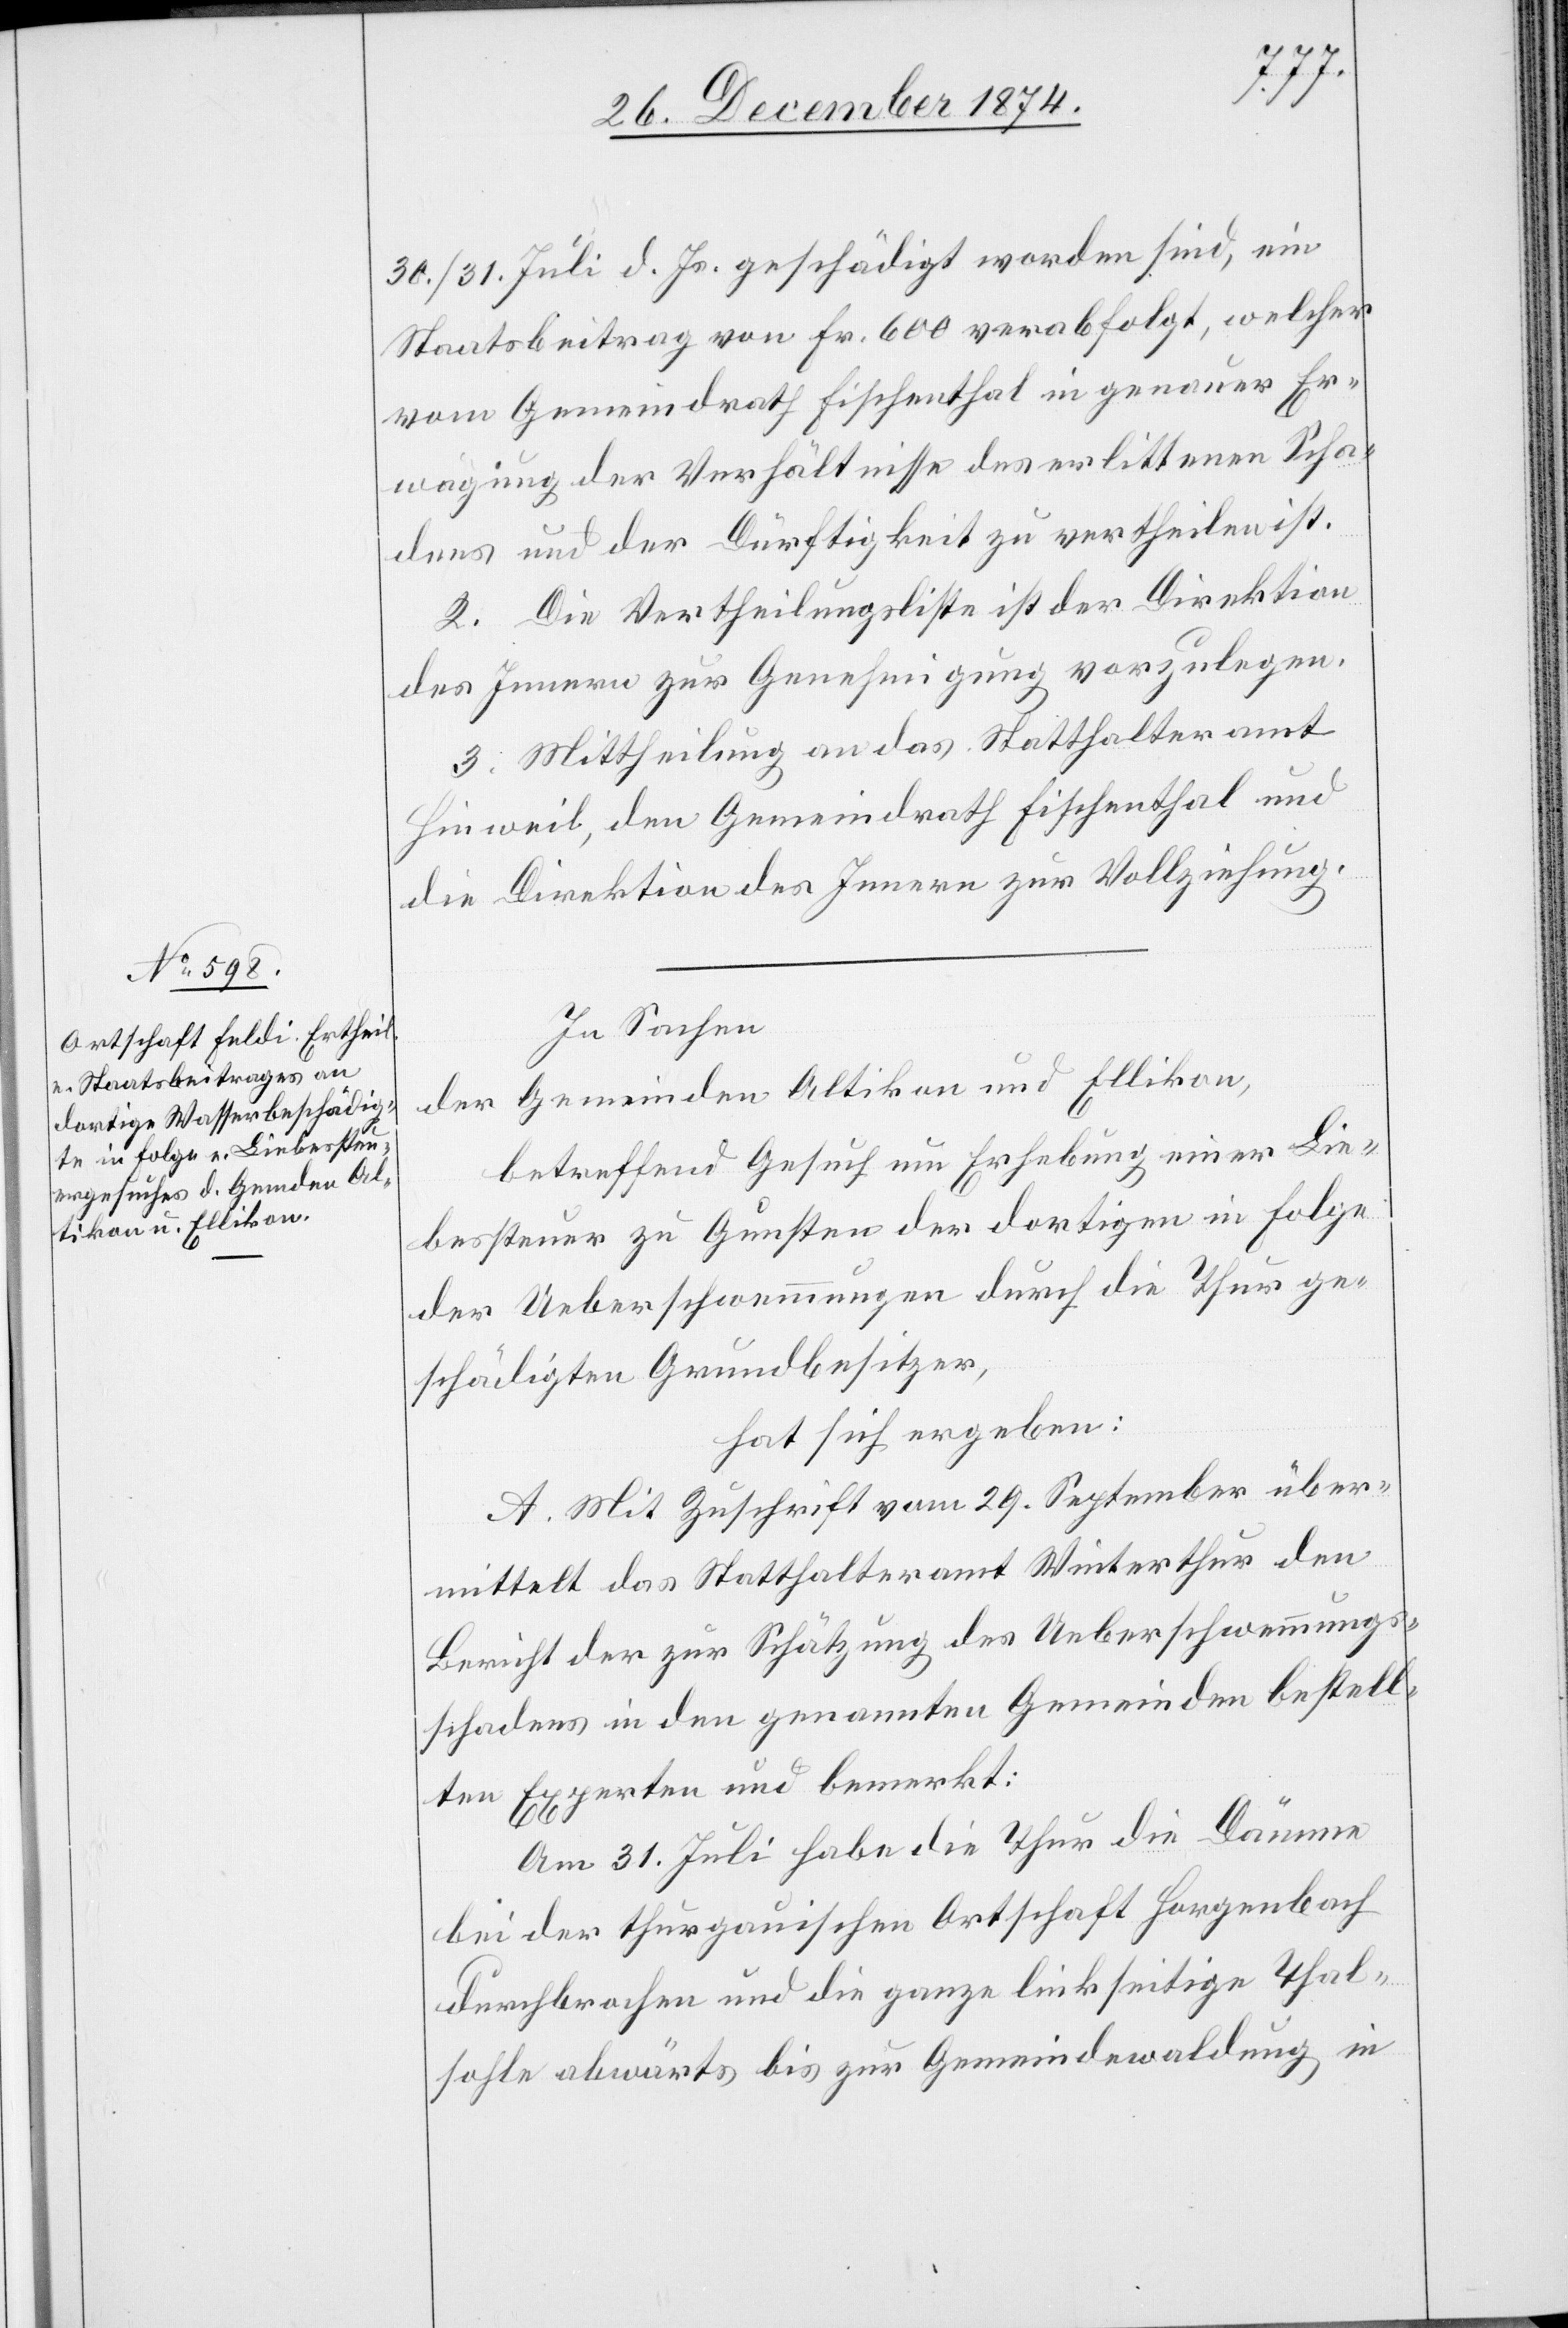
30./31. Juli d. Js. geschädigt worden sind, ein
Staatsbeitrag von Fr. 600 verabfolgt, welcher
vom Gemeindrath Fischenthal in genauer Er¬
wägung der Verhältnisse des erlittenen Scha¬
dens und der Dürftigkeit zu vertheilen ist.
2. Die Vertheilungsliste ist der Direktion
des Innern zur Genehmigung vorzulegen.
3. Mittheilung an das Statthalteramt
Hinweil, den Gemeindrath Fischenthal und
die Direktion des Innern zur Vollziehung.
In Sachen
der Gemeinden Altikon und Ellikon,
betreffend Gesuch um Erhebung einer Lie¬
bessteuer zu Gunsten der dortigen in Folge
der Ueberschwemmungen durch die Thur ge¬
schädigten Grundbesitzer,
hat sich ergeben:
A. Mit Zuschrift vom 29. September über¬
mittelt das Statthalteramt Winterthur den
Bericht der zur Schätzung des Ueberschwemmungs¬
schadens in den genannten Gemeinden bestell¬
ten Experten und bemerkt:
Am 31. Juli habe die Thur die Dämme
bei der thurgauischen Ortschaft Horgenbach
durchbrochen und die ganze linkseitige Thal¬
sohle abwärts bis zur Gemeindewaldung in